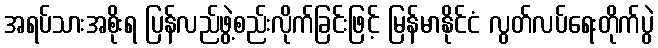
အရပ်သားအစိုးရ ပြန်လည်ဖွဲ့စည်းလိုက်ခြင်းဖြင့် မြန်မာနိုင်ငံ လွတ်လပ်ရေးတိုက်ပွဲ